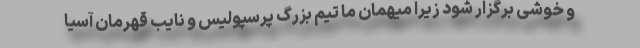
و خوشی برگزار شود زیرا میهمان ما تیم بزرگ پرسپولیس و نایب قهرمان آسیا